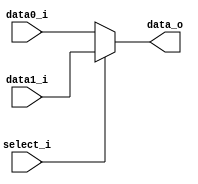
`timescale 1ns / 1ps

module MUX_2_to_1(data0_i,data1_i,select_i,data_o);

    parameter size = 0;	
    input   [size-1:0] data0_i;          
    input   [size-1:0] data1_i;
	 input              select_i;
    output  [size-1:0] data_o; 
	 wire [size-1:0] data_o;
	 
    assign data_o=(select_i ==1 )?data1_i:data0_i;

endmodule